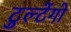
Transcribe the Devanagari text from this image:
टुल्टेंगो